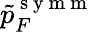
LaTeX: \tilde{p}_{F}^{\mathrm{~s~y~m~m~}}